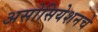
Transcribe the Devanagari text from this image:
असोसियेशनचे